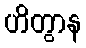
ဟိတွာန